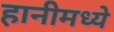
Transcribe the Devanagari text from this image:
हानीमध्ये